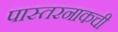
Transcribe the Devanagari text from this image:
पास्तरनाकची